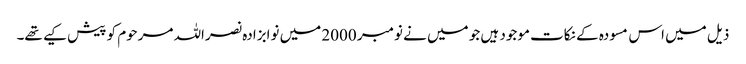
ذیل میں اس مسودہ کے نکات موجود ہیں جو میں نے نومبر 2000 میں نوابزادہ نصراللہ مرحوم کو پیش کیے تھے۔